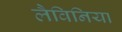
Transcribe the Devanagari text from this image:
लैविनिया